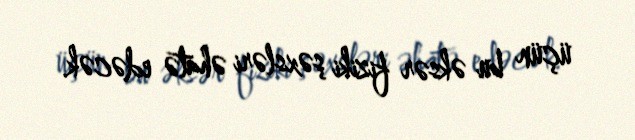
üçün bu əksər fiziki şəxsləri əhatə edəcək.